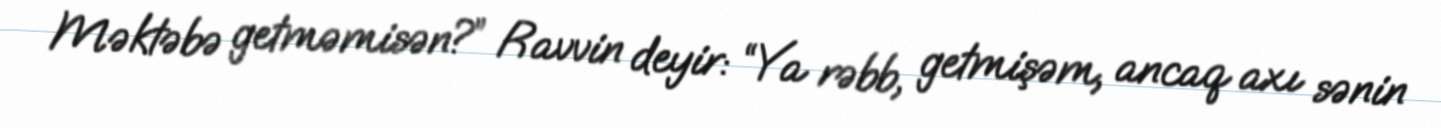
Məktəbə getməmisən?” Ravvin deyir: “Ya rəbb, getmişəm, ancaq axı sənin